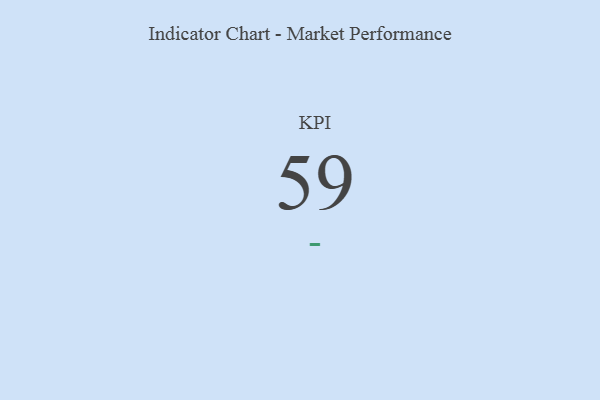
{"axis": {"x": "KPI", "y": "Value"}, "legend": [""], "data": [{"x": "KPI", "y": 59, "type": ""}]}